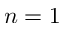
n = 1